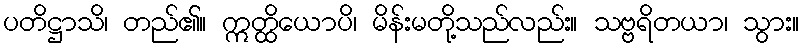
ပတိဋ္ဌာသိ၊ တည်၏။ ဣတ္ထိယောပိ၊ မိန်းမတို့သည်လည်း။ သဗ္ဗရိတယာ၊ သွား။